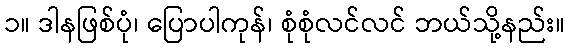
၁။ ဒါနဖြစ်ပုံ၊ ပြောပါကုန်၊ စုံစုံလင်လင် ဘယ်သို့နည်း။